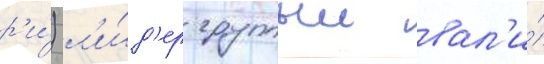
р'и́) л'и́д'ер группыи вал'и́